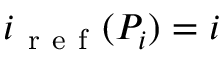
i _ { \mathrm { ~ r ~ e ~ f ~ } } ( P _ { i } ) = i